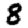
Digit: 8